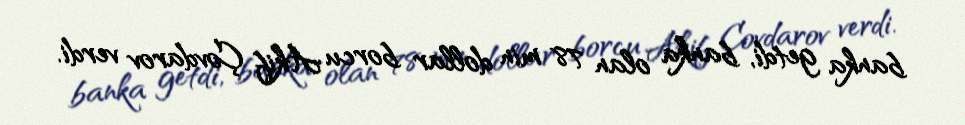
banka getdi, banka olan 78 min dollar borcu Akif Çovdarov verdi.